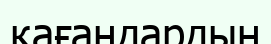
қағандардың